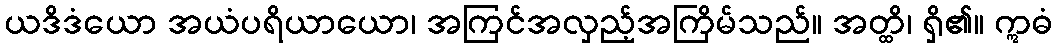
ယဒိဒံယော အယံပရိယာယော၊ အကြင်အလှည့်အကြိမ်သည်။ အတ္ထိ၊ ရှိ၏။ ဣဓံ